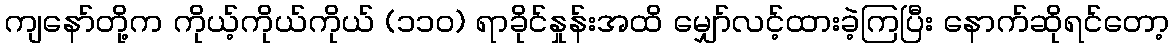
ကျနော်တို့က ကိုယ့်ကိုယ်ကိုယ် (၁၁၀) ရာခိုင်နှုန်းအထိ မျှော်လင့်ထားခဲ့ကြပြီး နောက်ဆိုရင်တော့